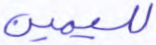
لليمين